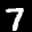
Label: 7